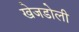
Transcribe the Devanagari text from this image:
खेजडोली